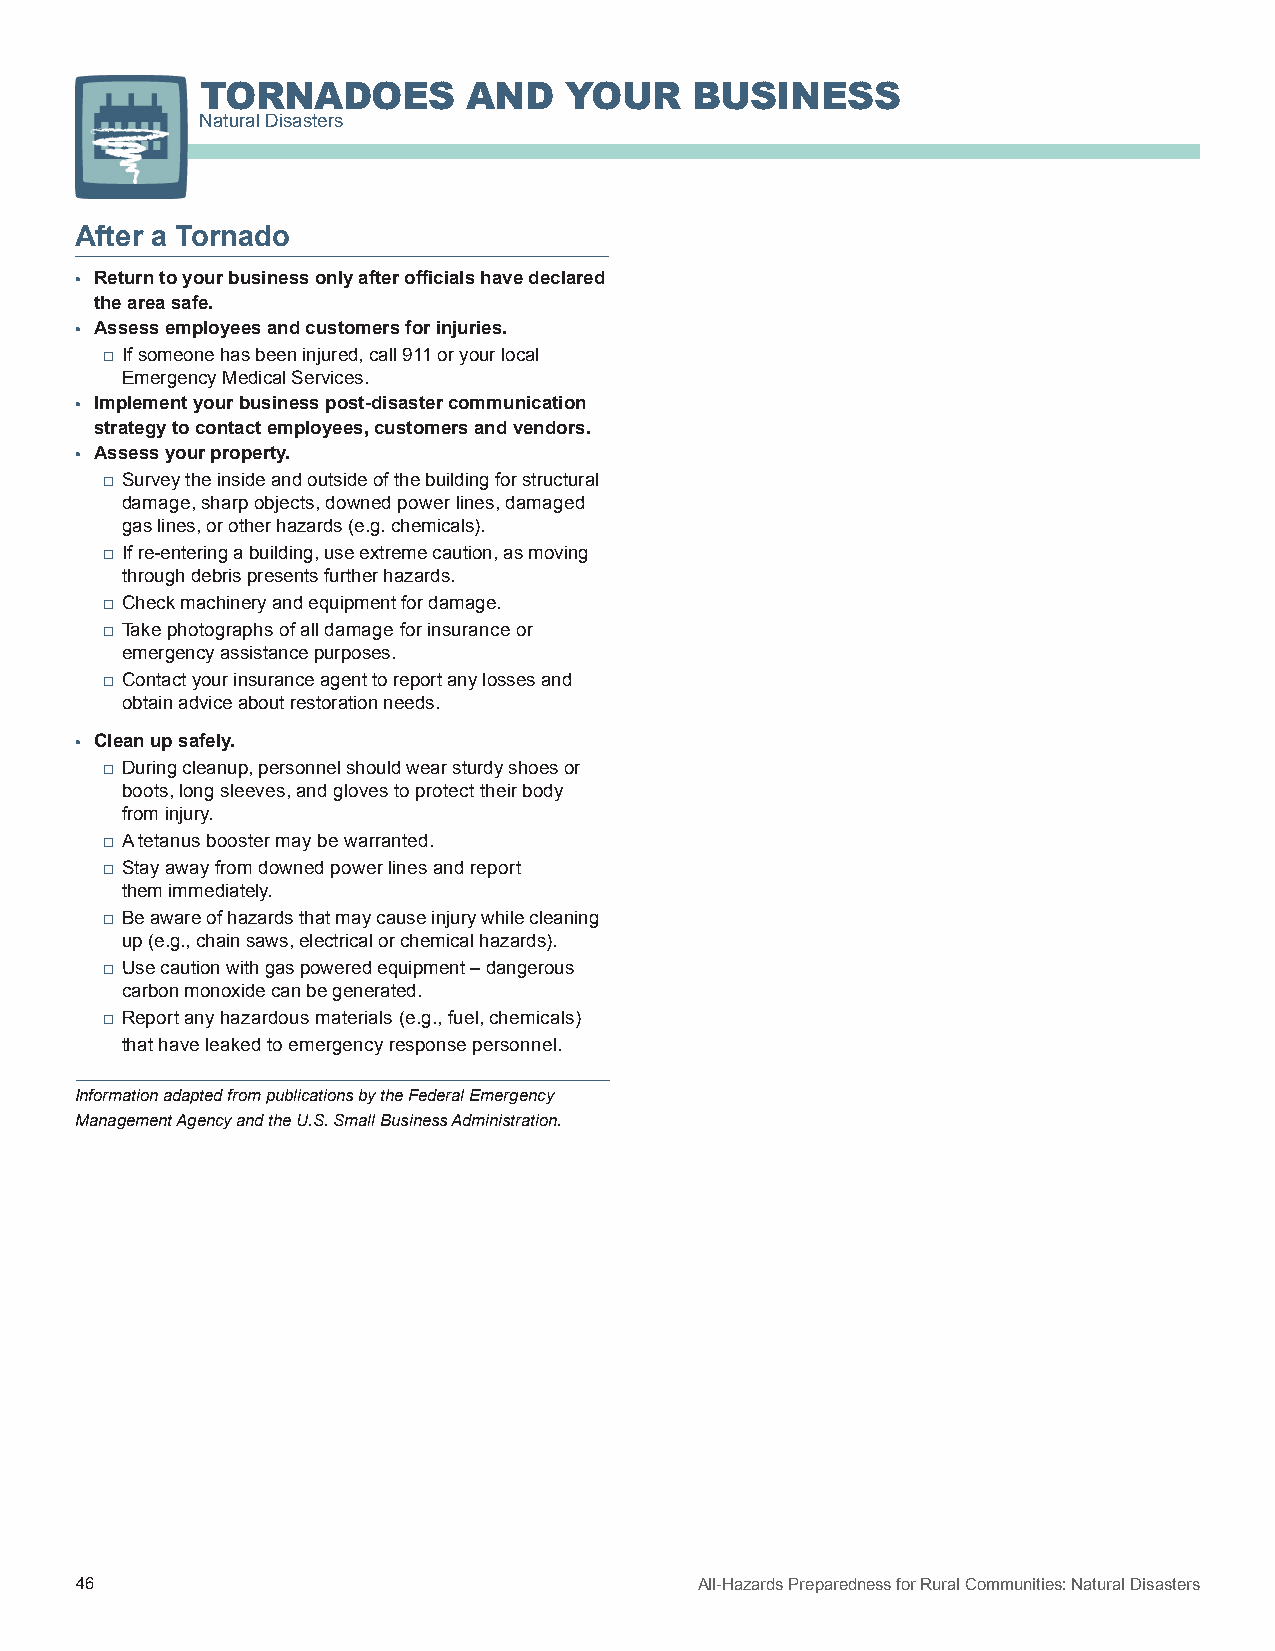
TORNADOES         AND   YOUR     BUSINESS
 Natural Disasters
 After a Tornado
 • Return to your business only after officials have declared
 the area safe.
 • Assess employees and customers for injuries.
 □ If someone has been injured, call 911 or your local
 Emergency Medical Services.
 • Implement your business post-disaster communication
 strategy to contact employees, customers and vendors.
 • Assess your property.
 □ Survey the inside and outside of the building for structural
 damage, sharp objects, downed power lines, damaged
 gas lines, or other hazards (e.g. chemicals).
 □ If re-entering a building, use extreme caution, as moving
 through debris presents further hazards.
 □ Check machinery and equipment for damage.
 □ Take photographs of all damage for insurance or
 emergency assistance purposes.
 □ Contact your insurance agent to report any losses and
 obtain advice about restoration needs.
 • Clean up safely.
 □ During cleanup, personnel should wear sturdy shoes or
 boots, long sleeves, and gloves to protect their body
 from injury.
 □ A tetanus booster may be warranted.
 □ Stay away from downed power lines and report
 them immediately.
 □ Be aware of hazards that may cause injury while cleaning
 up (e.g., chain saws, electrical or chemical hazards).
 □ Use caution with gas powered equipment – dangerous
 carbon monoxide can be generated.
 □ Report any hazardous materials (e.g., fuel, chemicals)
 that have leaked to emergency response personnel.
 Information adapted from publications by the Federal Emergency
 Management Agency and the U.S. Small Business Administration.
 46                                       All-Hazards Preparedness for Rural Communities: Natural Disasters